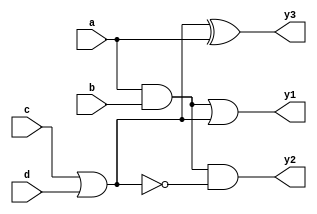
module CombLogicBlock (
    input wire a,
    input wire b,
    input wire c,
    input wire d,
    output wire y1,
    output wire y2,
    output wire y3
);

// Intermediate variables for common sub-expressions
wire common1;
wire common2;

// Common sub-expression calculations
assign common1 = a & b;       // Common sub-expression
assign common2 = c | d;       // Another common sub-expression

// Output functions utilizing common sub-expressions
assign y1 = common1 | common2; // y1 = (a & b) | (c | d)
assign y2 = common1 & ~common2; // y2 = (a & b) & ~(c | d)
assign y3 = common2 ^ a;        // y3 = (c | d) ^ a

endmodule